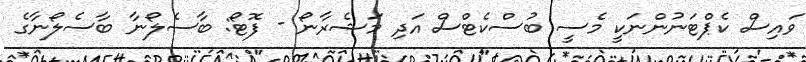
ވައިސް ކެޕްޓަނުންނަކީ މެސީ ބުސްކެޓްސް އަދި މަޝެރާނޯ - ފޮޓޯ: ބާސެލޯނާ ބާސެލޯނާގެ